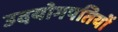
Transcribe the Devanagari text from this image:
उदयोगपतियों